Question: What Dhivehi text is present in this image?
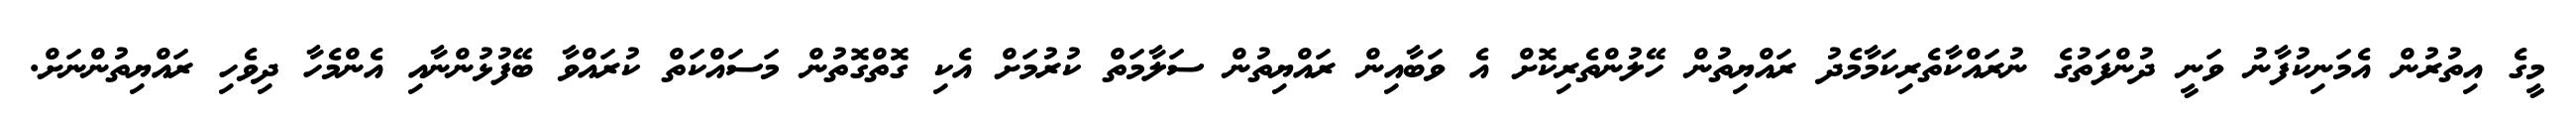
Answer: މީގެ އިތުރުން އެމަނިކުފާނު ވަނީ ދުންފަތުގެ ނުރައްކާތެރިކަމާމެދު ރައްޔިތުން ހޭލުންތެރިކޮށް އެ ވަބާއިން ރައްޔިތުން ސަލާމަތް ކުރުމަށް އެކި ގޮތްގޮތުން މަސައްކަތް ކުރައްވާ ބޭފުޅުންނާއި އެންމެހާ ދިވެހި ރައްޔިތުންނަށް.